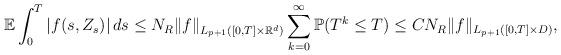
LaTeX: \begin{align*}\mathbb E\int_0^T |f(s, Z_s)|\,ds \le N_R \|f\|_{L_{p+1}([0,T]\times \mathbb R^d)} \sum_{k=0}^{\infty} \mathbb{P}(T^k \le T) \le C N_R\|f\|_{L_{p+1}([0,T]\times D)},\end{align*}